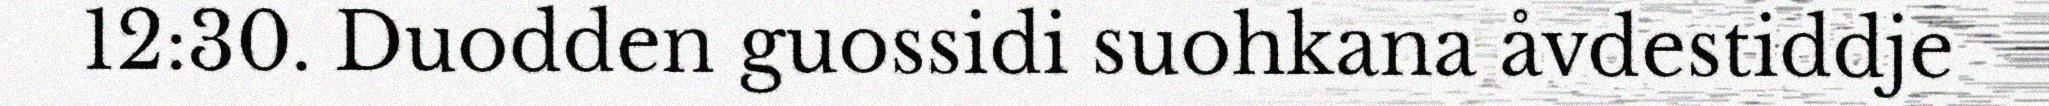
12:30. Duodden guossidi suohkana åvdestiddje